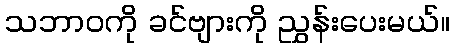
သဘာဝကို ခင်ဗျားကို ညွှန်းပေးမယ်။